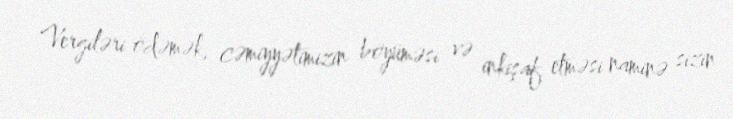
Vergiləri ödəmək, cəmiyyətimizin böyüməsi və inkişaf etməsi naminə sizin